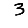
Digit: 3